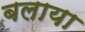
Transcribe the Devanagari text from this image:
बलाया